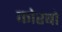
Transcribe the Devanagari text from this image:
कोरबो